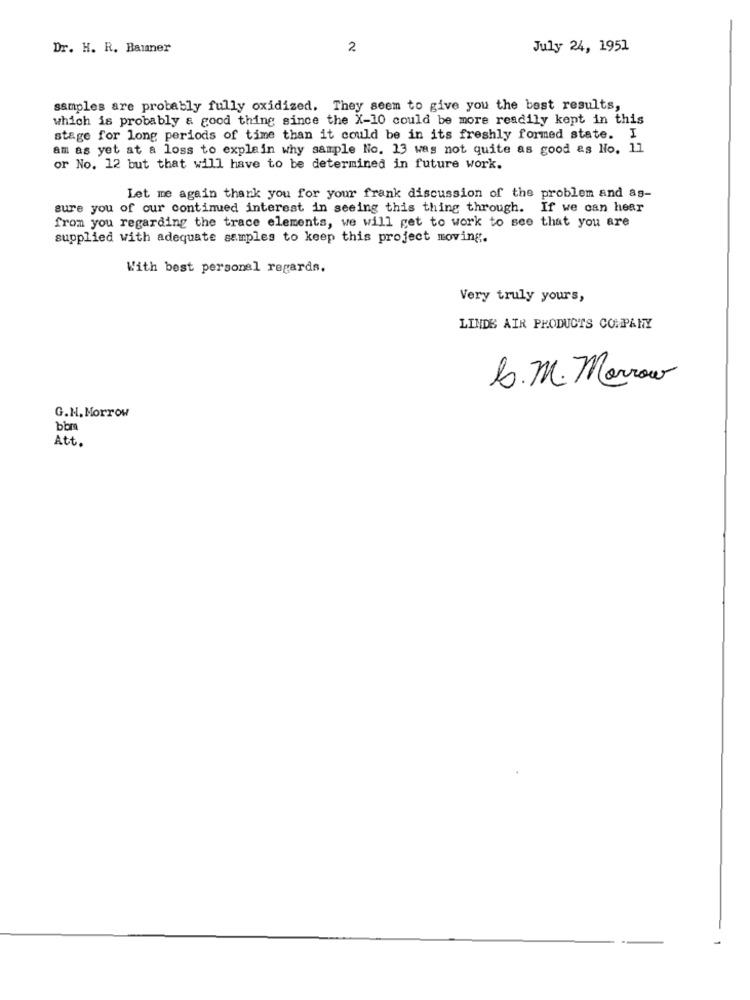
Dr. H. R. Banner
2
July 24, 1951
samples are probably fully oxidized. They seem to give you the best results,
which is probably a good thing since the X-10 could be more readily kept in this
stage for long periods of time than it could be in its freshly formed state. I
am as yet at a loss to explain why sample No. 13 was not quite as good &s No. 11
or No. 12 but that will have to be determined in future work.
Let me again thank you for your frank discussion of the problem and as-
sure you of our continued interest in seeing this thing through. If we can hear
from you regarding the trace elements, we will get to work to see that you are
supplied with adequate samples to keep this project moving.
With best personel regards,
Very truly yours,
LINDS AIR PRODUCTS COMPANY
b. m. Merrow
G.H. Morrow
bom
Att.